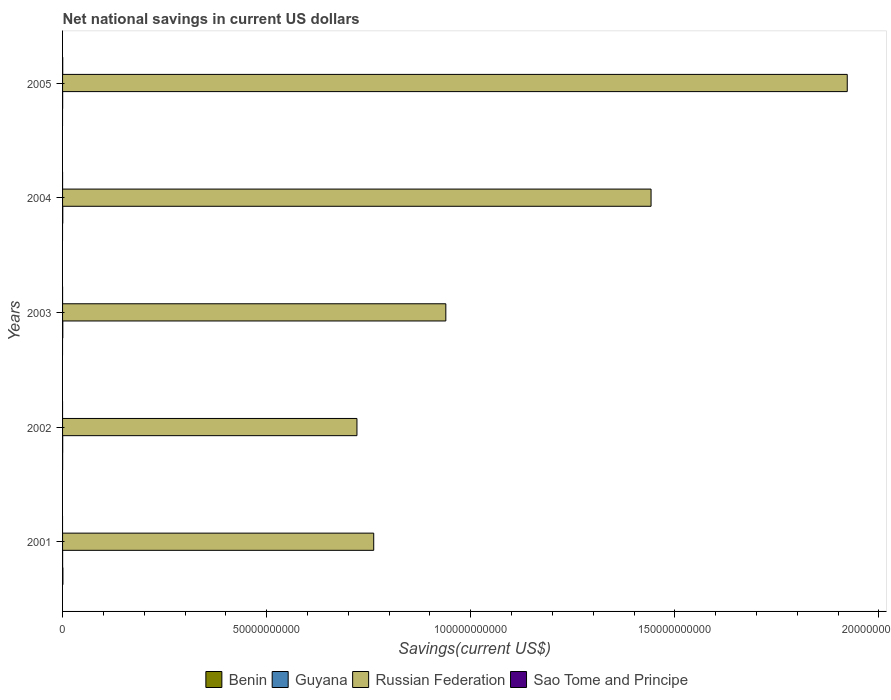
| Years | Benin | Guyana | Russian Federation | Sao Tome and Principe |
 | --- | --- | --- | --- | --- |
 | 2001 | 8.32e+07 | 1.03e+07 | 7.62e+10 | -1.86e+07 |
 | 2002 | 9.21e+06 | 2.97e+07 | 7.21e+10 | -9.47e+06 |
 | 2003 | -1.1e+08 | 5.83e+07 | 9.39e+10 | 7.44e+05 |
 | 2004 | -4.64e+07 | 5.4e+07 | 1.44e+11 | -2.14e+06 |
 | 2005 | -2.48e+07 | 1.76e+07 | 1.92e+11 | 3.84e+07 |